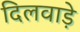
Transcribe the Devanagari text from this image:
दिलवाड़े